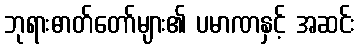
ဘုရားဓာတ်တော်များ၏ ပမာဏနှင့် အဆင်း